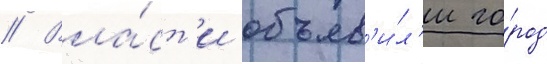
// Вла́ст'и объяв'и́л'и го́род